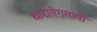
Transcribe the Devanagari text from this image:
धारावेगमापी